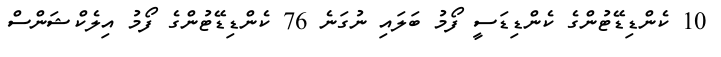
10 ކެންޑިޑޭޓުންގެ ކެންޑިޑަސީ ފޯމު ބަލައި ނުގަނެ 76 ކެންޑިޑޭޓުންގެ ފޯމު އިލެކްޝަންސް